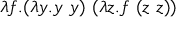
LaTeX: \lambda f . ( \lambda y . y \ y ) \ ( \lambda z . f \ ( z \ z ) )